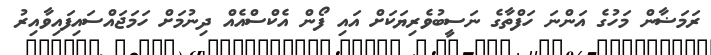
ރަމަޟާން މަހުގެ އަންނަ ހަފްތާގެ ނަސީބުވެރިޔަކަށް އައި ފޯން އެކްސްއެއް ދިނުމަށް ހަމަޖައްސައިފައިވާއިރު